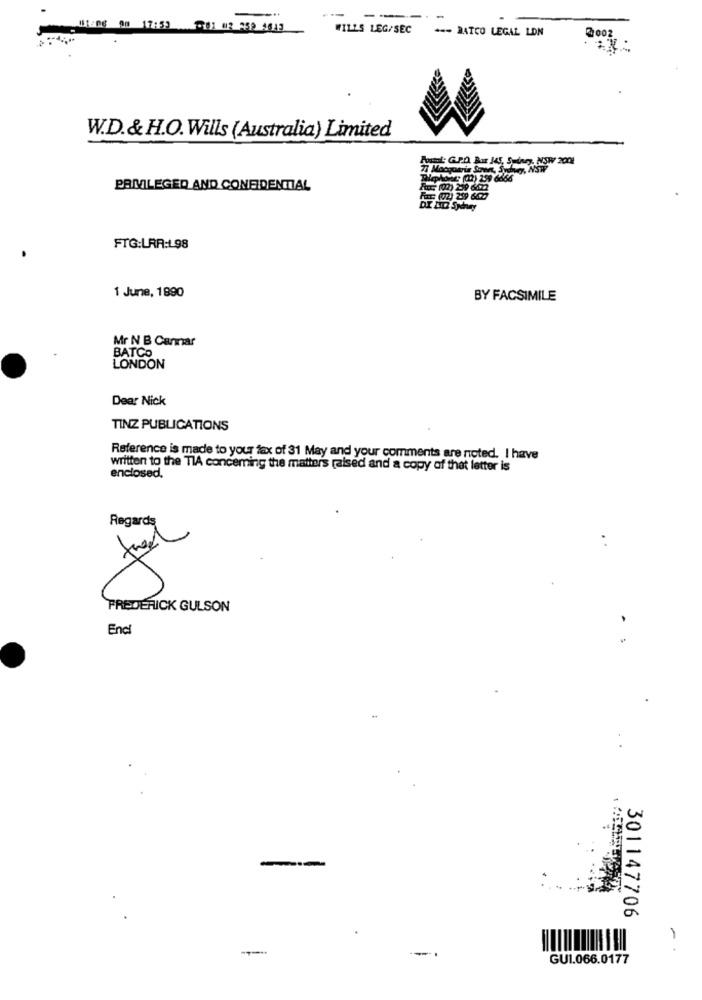
--
---
. -
WILLS LEG/SEC --- DATCO LEGAL LON
2002
W.D.& H.O. Wills (Australia) Limited
Posti: G.P.O. Box HS, Swingy, NSW 2001
PRIVILEGED AND CONFIDENTIAL
FTG:LAR:198
1 June, 1890
BY FACSIMILE
Mr N B Carmar
BATCO
LONDON
Dear Nick
TINZ PUBLICATIONS
Reference is made to your fax of 31 May and your comments are noted. I have
written to the TIA concerning the matters raised and a copy of that letter is
enclosed.
Regards
. .
FREDERICK GULSON
Encl
301147706
--
GUI.066.0177